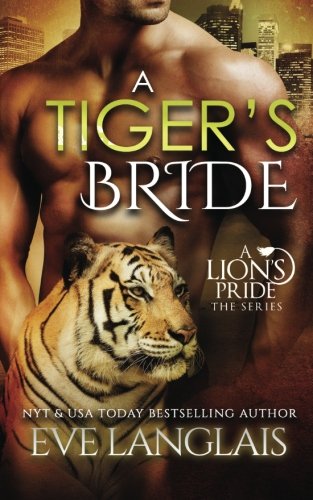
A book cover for A Tiger's Bride (A Lion's Pride) (Volume 4); Eve Langlais; Romance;